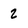
Character: 2